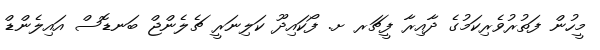
މީހުން ފަތުރުވެރިކަމުގެ ދާއިރާ ފީޗަރ ށ. ފޯކައިދޫ ކަލިނަރީ ޗެލެންޖް ބަނޑޮސް އައިލެންޑް